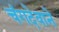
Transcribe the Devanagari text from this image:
चंगदेवाने